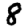
Digit: 8